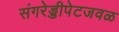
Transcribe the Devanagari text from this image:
संगरेड्डीपेटजवळ